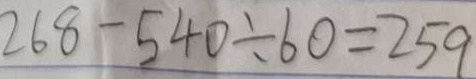
2 6 8 - 5 4 0 \div 6 0 = 2 5 9